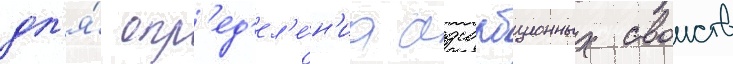
дл'я́ опр'ед'ел'е́н'иа адсорбционных своиств